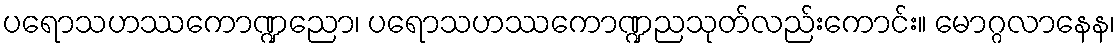
ပရောသဟဿကောဏ္ဍညော၊ ပရောသဟဿကောဏ္ဍညသုတ်လည်းကောင်း။ မောဂ္ဂလာနေန၊